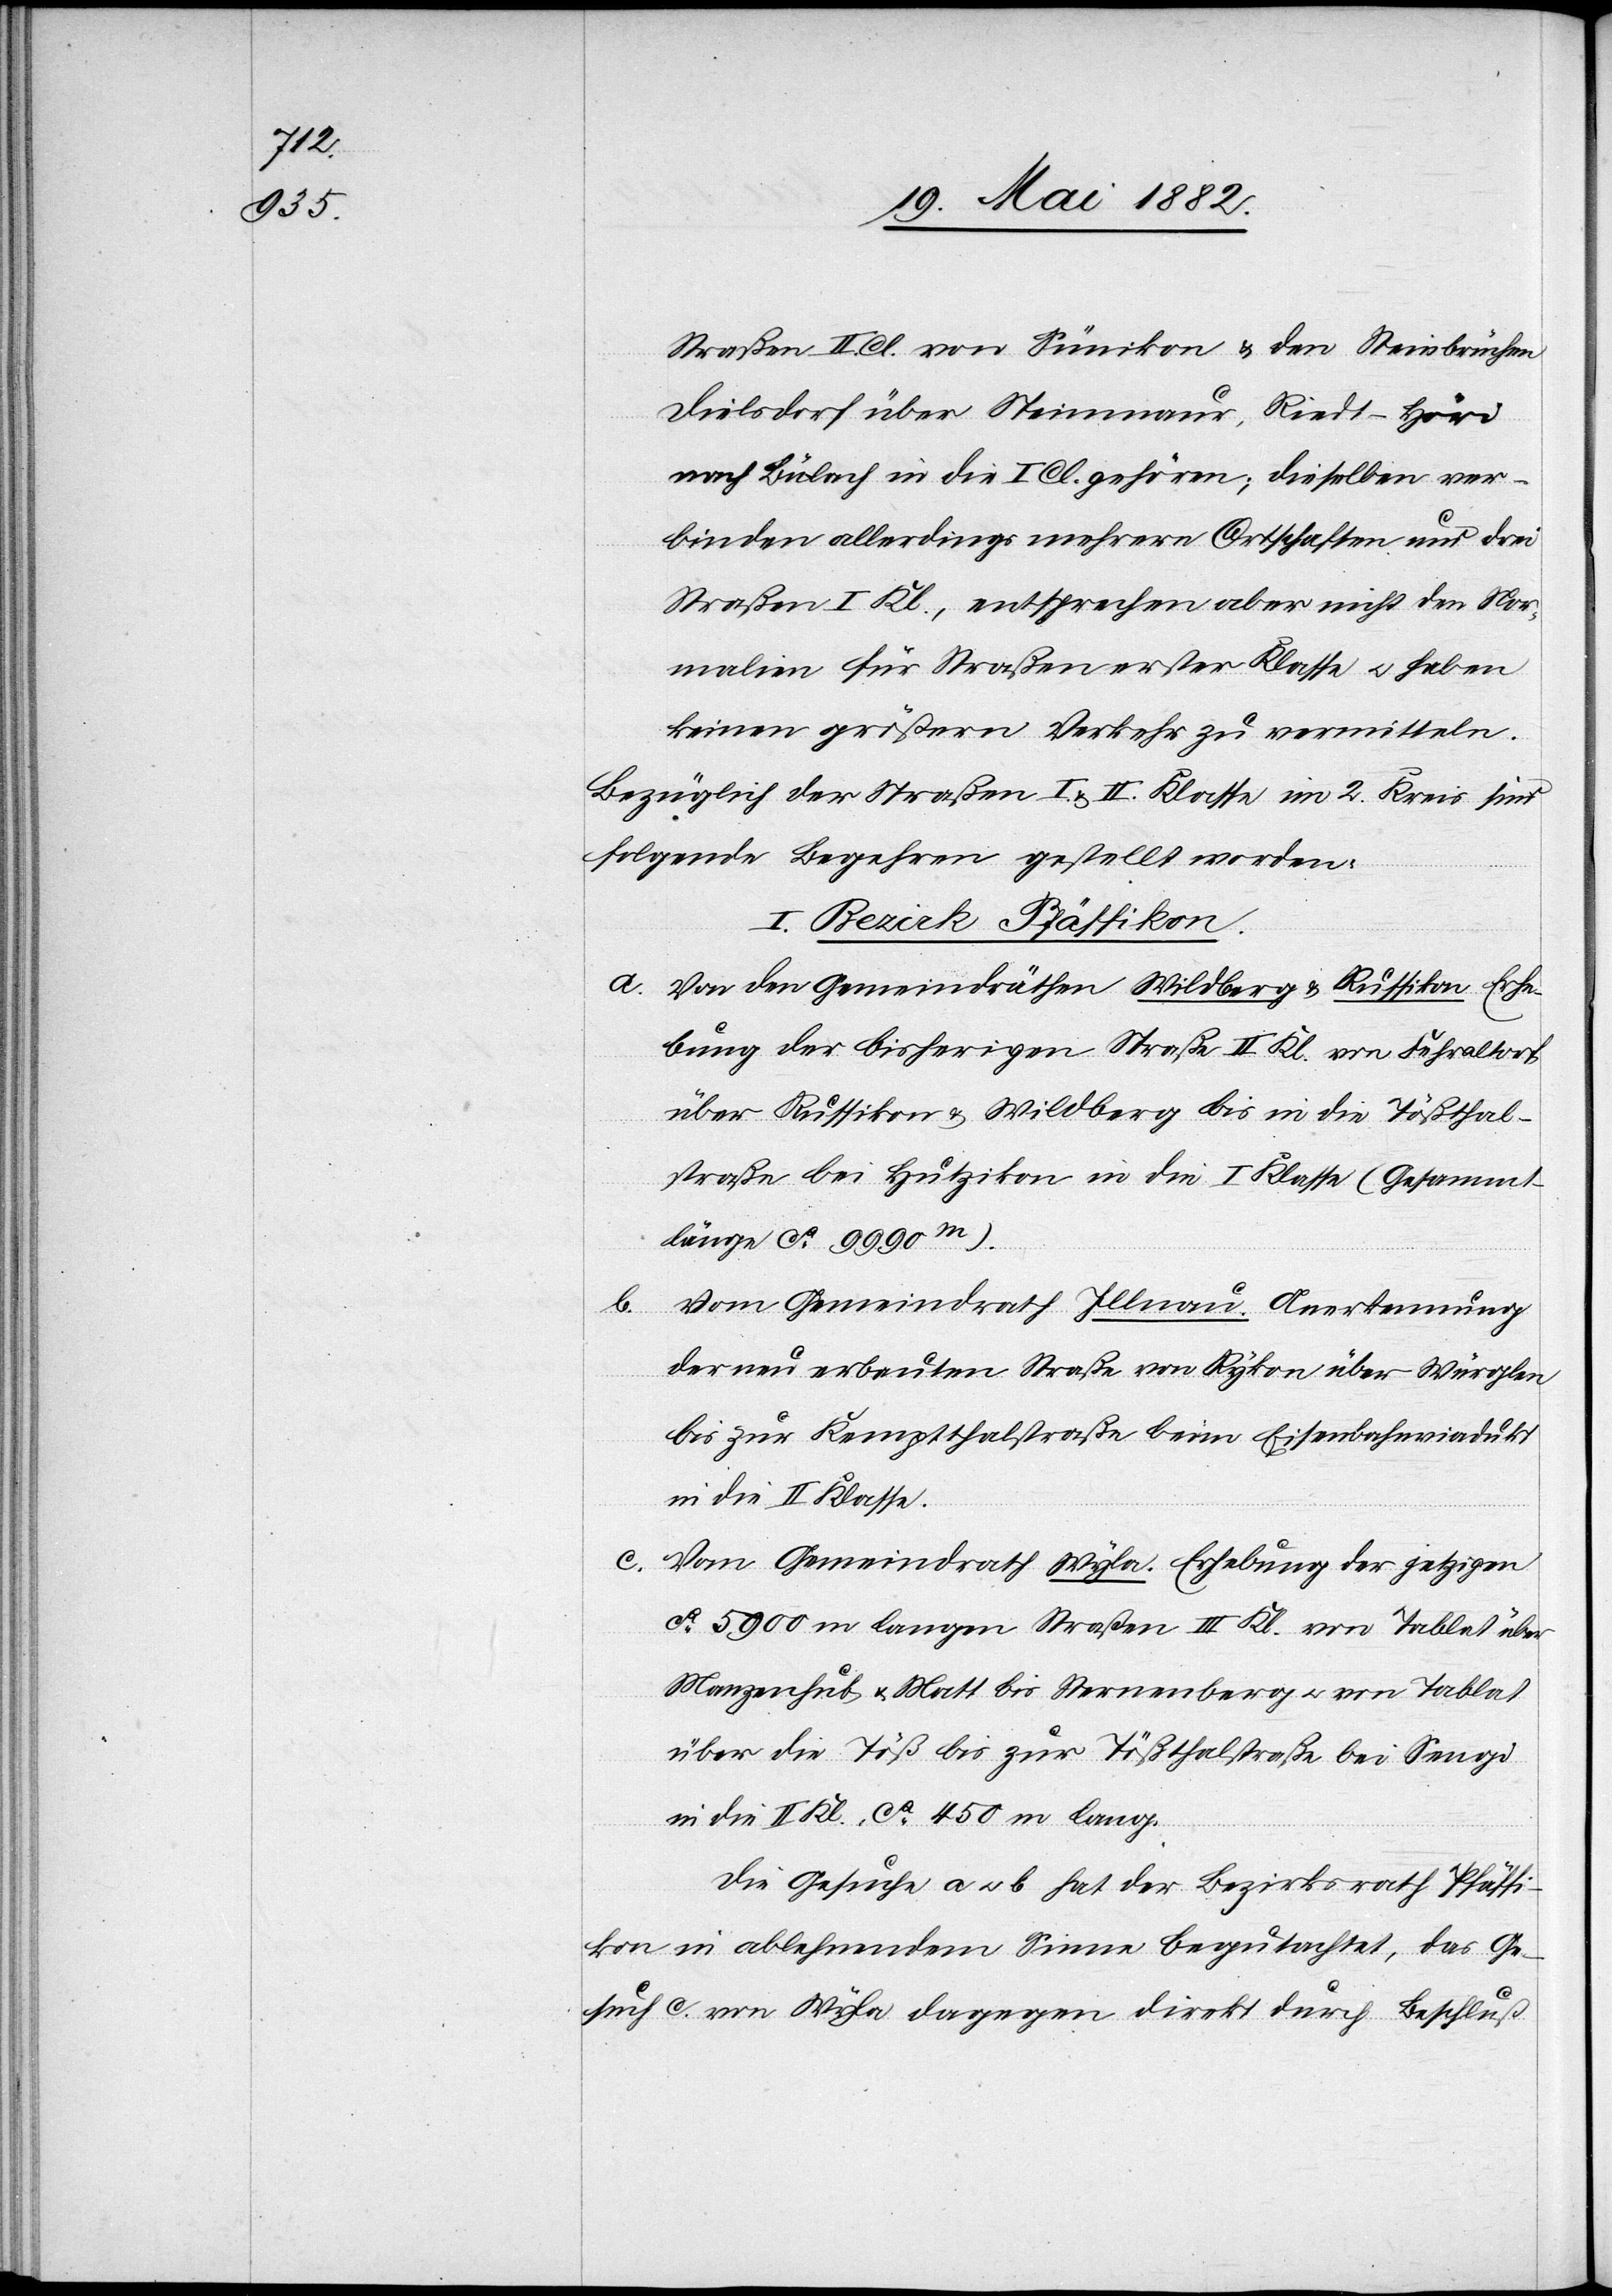
b.

Straßen II. Cl. von Sünikon & den Steinbrüchen
Dielsdorf über Steinmaur, Riedt - Höri
nach Bülach in die I. Cl. gehören; dieselben ver¬
binden allerdings mehrere Ortschaften und drei
Straßen I. Kl., entsprechen aber nicht den Nor¬
malien für Straßen erster Klasse u. gaben
keinen größern Verkehr zu vermitteln.
Bezüglich der Straßen I. & II. Klasse im 2. Kreis sind
folgende Begehren gestellt worden:
I. Bezirk Pfäffikon.
a. Von den Gemeindräthen Wildberg & Russikon Erhe¬
bung der bisherigen Straße II. Kl. von Fehraltorf
über Russikon & Wildberg bis in die Tößthal¬
straße bei Hutzikon in die I. Klasse (Gesammt¬
länge ca 9990m).
Vom Gemeindrath Illnau. Anerkennung
der neu erbauten Straße von Rykon über Würglen
bis zur Kemptthalstraße beim Eisenbahnviadukt
in die II. Klasse.
c. Vom Gemeindrath Wyla. Erhebung der jetzigen
ca 5900 m langen Straße III. Kl. von Tablat über
Manzenhub & Matt bis Sternenberg u. von Tablat
über die Töß bis zur Tößthalstraße bei Seegi
in die II. Kl., ca 450 m lang.
Die Gesuche a u. b hat der Bezirksrath Pfäffi¬
kon in ablehnendem Sinne begutachtet, das Ge¬
such c. von Wyla dagegen direkt durch Beschluß